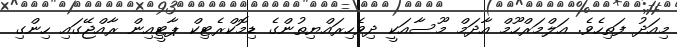
މިއަދު ފަތިހެވެ. އަލްމަރްހޫމް އާދަމް މޫސާއަކީ ދިވެހިރައްޔިތުންގެ ޑިމޮކްރެޓިކް ޕާޓީއިން ރާއްޖޭގައި ހިންގި